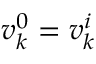
v _ { k } ^ { 0 } = v _ { k } ^ { i }